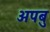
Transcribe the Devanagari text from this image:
अपबु